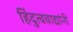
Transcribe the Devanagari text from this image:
हिंदुत्ववाद्यांनी